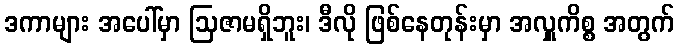
ဒကာများ အပေါ်မှာ ဩဇာမရှိဘူး၊ ဒီလို ဖြစ်နေတုန်းမှာ အလှူကိစ္စ အတွက်